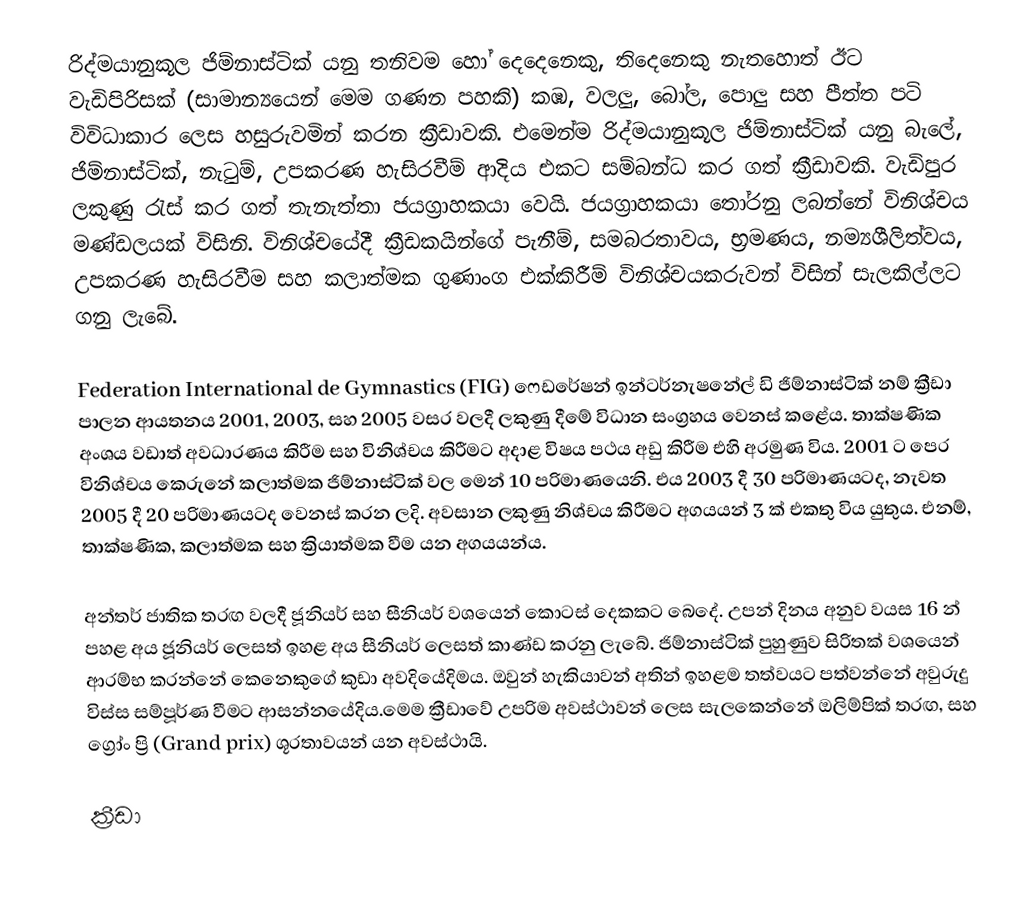
රිද්මයානුකූල ජිම්නාස්ටික් යනු තනිවම හෝ දෙදෙනෙකු, තිදෙනෙකු නැතහොත් ඊට වැඩිපිරිසක් (සාමාන්‍යයෙන් මෙම ගණන පහකි) කඹ, වලලු, බෝල, පොලු සහ පීත්ත පටි විවිධාකාර ලෙස හසුරුවමින් කරන ක්‍රීඩාවකි. එමෙන්ම රිද්මයානුකූල ජිම්නාස්ටික් යනු බැලේ, ජිම්නාස්ටික්, නැටුම්, උපකරණ හැසිරවීම් ආදිය එකට සම්බන්ධ කර ගත් ක්‍රීඩාවකි. වැඩිපුර ලකුණු රැස් කර ගත් තැනැත්තා ජයග්‍රාහකයා වෙයි. ජයග්‍රාහකයා තෝරනු ලබන්නේ විනිශ්චය මණ්ඩලයක් විසිනි. විනිශ්චයේදී ක්‍රීඩකයින්ගේ පැනීම්, සමබරතාවය, භ්‍රමණය, නම්‍යශීලිත්වය, උපකරණ හැසිරවීම සහ කලාත්මක ගුණාංග එක්කිරීම් විනිශ්චයකරුවන් විසින් සැලකිල්ලට ගනු ලැබේ.

Federation International de Gymnastics (FIG) ෆෙඩරේෂන් ඉන්ටර්නැෂනේල් ඩි ජිම්නාස්ටික් නම් ක්‍රීඩා පාලන ආයතනය 2001, 2003, සහ 2005 වසර වලදී ලකුණු දීමේ විධාන සංග්‍රහය වෙනස් ‍කළේය. තාක්ෂණික අංශය වඩාත් අවධාරණය කිරීම සහ විනිශ්චය කිරීමට අදාළ විෂය පථය අඩු කිරීම එහි අරමුණ විය. 2001 ට පෙර විනිශ්චය කෙරුනේ කලාත්මක ජිම්නාස්ටික් වල මෙන් 10 පරිමාණයෙනි. එය 2003 දී 30 පරිමාණයටද, නැවත 2005 දී 20 පරිමාණයටද වෙනස් කරන ලදි. අවසාන ලකුණු නිශ්චය කිරීමට අගයයන් 3 ක් එකතු විය යුතුය. එනම්, තාක්ෂණික, කලාත්මක සහ ක්‍රියාත්මක වීම යන අගයයන්ය.

අන්තර් ජාතික තරඟ වලදී ජූනියර් සහ සීනියර් වශයෙන් කොටස් දෙකකට බෙදේ. උපන් දිනය අනුව වයස 16 න් පහළ අය ජූනියර් ලෙසත් ඉහළ අය සීනියර් ලෙසත් කාණ්ඩ කරනු ලැබේ. ජිම්නාස්ටික් පුහුණුව සිරිතක් වශයෙන් ආරම්භ කරන්නේ කෙනෙකුගේ කුඩා අවදියේදිමය. ඔවුන් හැකියාවන් අතින් ඉහළම තත්වයට පත්වන්නේ අවුරුදු විස්ස සම්පූර්ණ වීමට ආසන්නයේදිය.මෙම ක්‍රීඩාවේ උපරිම අවස්ථාවන් ලෙස සැලකෙන්නේ ඔලිම්පික් තරඟ, සහ ග්‍රෝං ප්‍රි (Grand prix) ශූරතාවයන් යන අවස්ථායි.

ක්‍රීඩා